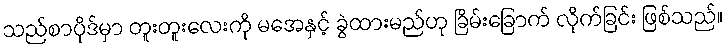
သည်စာပိုဒ်မှာ တူးတူးလေးကို မအေနှင့် ခွဲထားမည်ဟု ခြိမ်းခြောက် လိုက်ခြင်း ဖြစ်သည်။